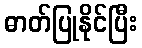
ဓာတ်ပြုနိုင်ပြီး